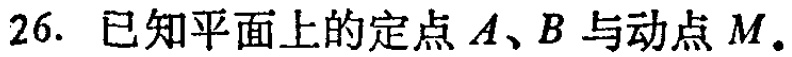
26. 已知平面上的定点\(A\)、\(B\)与动点\(M\)。